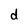
Character: d